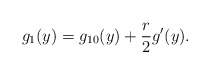
\begin{align*} g_1(y)=g_{10}(y) +\frac r2 g'(y).\end{align*}